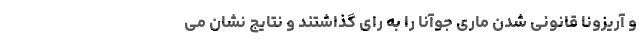
و آریزونا قانونی شدن ماری جوآنا را به رای گذاشتند و نتایج نشان می